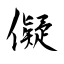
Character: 儗